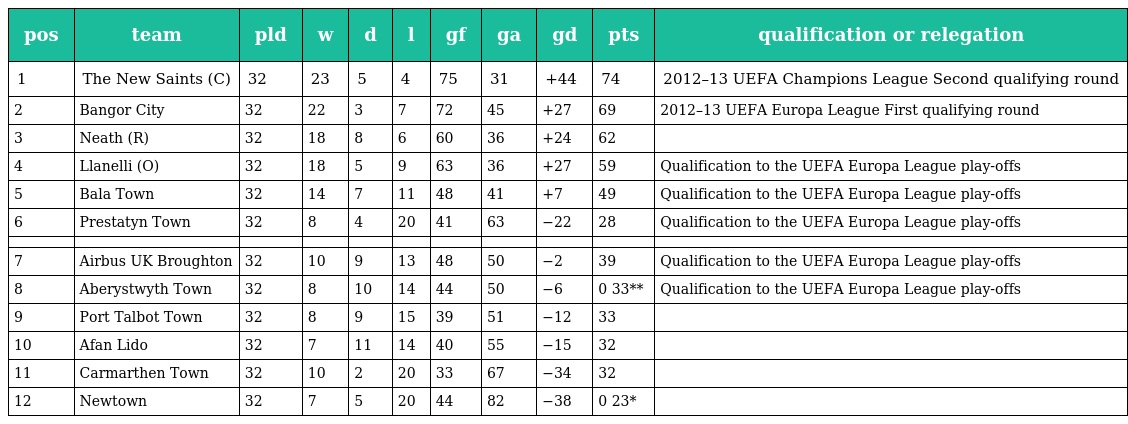
| pos | team | pld | w | d | l | gf | ga | gd | pts | qualification or relegation |
 | --- | --- | --- | --- | --- | --- | --- | --- | --- | --- | --- |
 | 1 | The New Saints (C) | 32 | 23 | 5 | 4 | 75 | 31 | +44 | 74 | 2012–13 UEFA Champions League Second qualifying round |
 | 2 | Bangor City | 32 | 22 | 3 | 7 | 72 | 45 | +27 | 69 | 2012–13 UEFA Europa League First qualifying round |
 | 3 | Neath (R) | 32 | 18 | 8 | 6 | 60 | 36 | +24 | 62 |  |
 | 4 | Llanelli (O) | 32 | 18 | 5 | 9 | 63 | 36 | +27 | 59 | Qualification to the UEFA Europa League play-offs |
 | 5 | Bala Town | 32 | 14 | 7 | 11 | 48 | 41 | +7 | 49 | Qualification to the UEFA Europa League play-offs |
 | 6 | Prestatyn Town | 32 | 8 | 4 | 20 | 41 | 63 | −22 | 28 | Qualification to the UEFA Europa League play-offs |
 |  |  |  |  |  |  |  |  |  |  |  |
 | 7 | Airbus UK Broughton | 32 | 10 | 9 | 13 | 48 | 50 | −2 | 39 | Qualification to the UEFA Europa League play-offs |
 | 8 | Aberystwyth Town | 32 | 8 | 10 | 14 | 44 | 50 | −6 | 0 33** | Qualification to the UEFA Europa League play-offs |
 | 9 | Port Talbot Town | 32 | 8 | 9 | 15 | 39 | 51 | −12 | 33 |  |
 | 10 | Afan Lido | 32 | 7 | 11 | 14 | 40 | 55 | −15 | 32 |  |
 | 11 | Carmarthen Town | 32 | 10 | 2 | 20 | 33 | 67 | −34 | 32 |  |
 | 12 | Newtown | 32 | 7 | 5 | 20 | 44 | 82 | −38 | 0 23* |  |